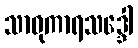
သာဓုကာရသဒ္ဒေါ